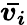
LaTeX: \boldsymbol{\bar{v_{i}}}